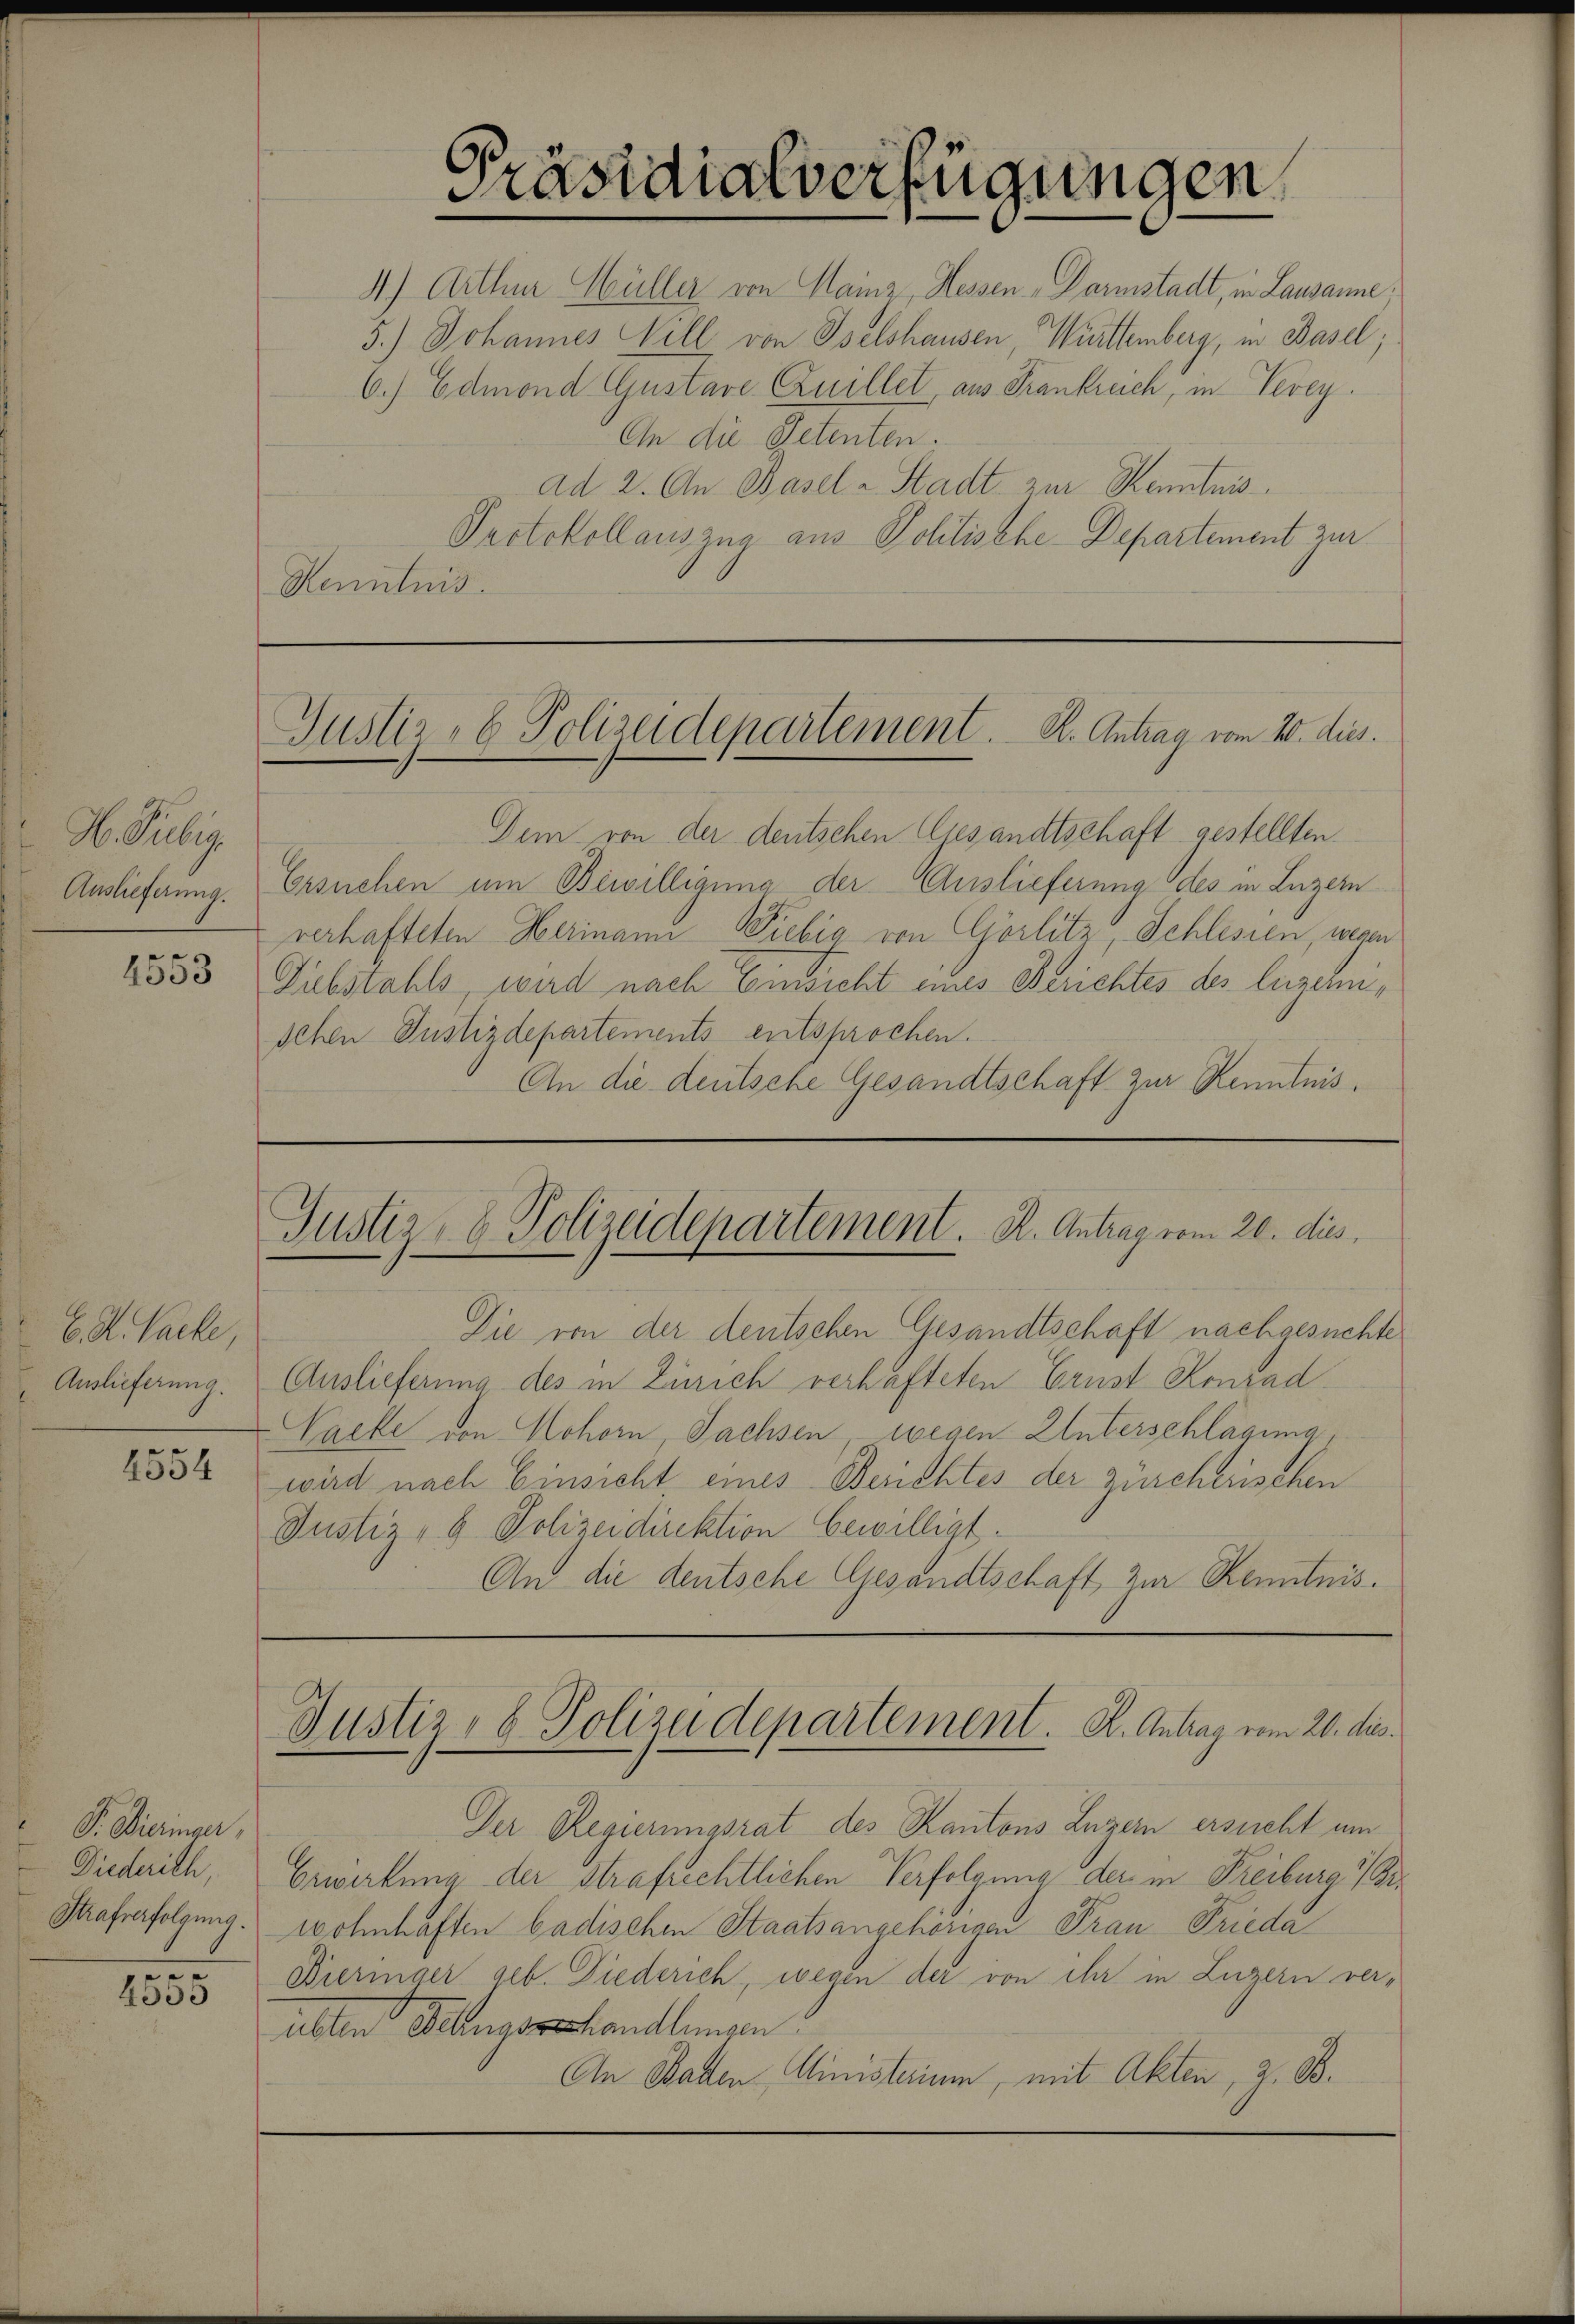
I. Selbig
Auslieferung.

4553.

E. F. Packe
Auslieferung.

4554

P. Bieringer,
Diederich,
Strafverfolgung.
.

4055

Präsidialverfügungen

4) Arthur Müller von Mainz, Hessen Darmstadt, in Lausanne;
5.) Johannes Will von Iselshausen Württemberg, in Basel;
6.) Edmond Gustave Quillet, aus Frankreich, in Vevey.
An die Petenten.
ad 2. An Basel u. Stadt zur Kenntnis.
Protokollauszug aus Politische-Departement zur
Renntnis.

Justiz- & Polizeidepartement. K. Antrag vom 20. dies.

Dem von der deutschen Gesandtschaft gestellten
Ersuchen um Bewilligung der Auslieferung des in Luzern
verhafteten Herinan Liebig von Görlitz Schlesien, wegen
Diebstahls, wird nach Einsicht eines Berichtes des luzerischen Justizdepartements entsprochen.
An die deutsche Gesandtschaft zur Renntnis¬

Justiz- & Polizeidepartement. K. Antrag vom 20. dies

Die von der deutschen Gesandtschaft nachgesuchte
Auslieferung des in Zürich verhafteten Ernst Konrad
Cache von Hohorn, Sachsen, wegen Unterschlagung
wird nach Einsicht eines Berichtes der zürcherischen
Justiz- & Polizeidirektion bewilligt.
An die deutsche Gesandtschaft zur Kenntnis.

Justiz- & Polizeidepartement. K. Antrag vom 20. dies

Der Regierungsrat des Kantons Luzern ersucht um
Erwirkung der Strafrechtlichen Verfolgung der in Freiburg i/Pr.
wohnhaften badischen Staatsangehörigen Pran Frieda
Bieringer geb. Diederich, wegen der von ihr in Luzern ver-
alten Klangerhandlungen
An Ballen Ministerium, mit Akten, z. B.